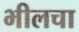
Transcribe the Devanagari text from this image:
भीलचा